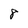
Character: 8